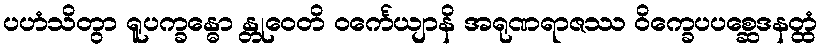
ပဟံသိတွာ ရူပက္ခန္ဓော န္တုဝေတိ ဝင်္ကေယျာနိ အရုဏရာဇဿ ဝိက္ခေပပစ္ဆေဒနတ္ထံ